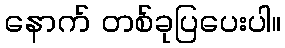
နောက် တစ်ခုပြပေးပါ။